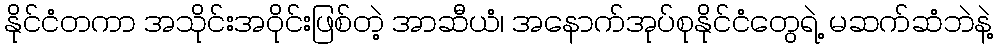
နိုင်ငံတကာ အသိုင်းအဝိုင်းဖြစ်တဲ့ အာဆီယံ၊ အနောက်အုပ်စုနိုင်ငံတွေရဲ့ မဆက်ဆံဘဲနဲ့